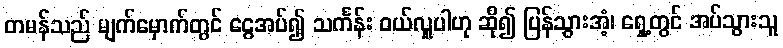
တမန်သည် မျက်မှောက်တွင် ငွေအပ်၍ သင်္ကန်း ဝယ်လှူပါဟု ဆို၍ ပြန်သွားအံ့၊ ရှေ့တွင် အပ်သွားသူ